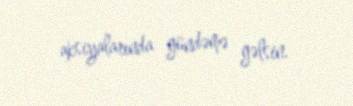
aksiyalarında gündəmə gəlsin.